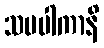
သမပါကာနိ